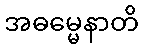
အဓမ္မေနာတိ